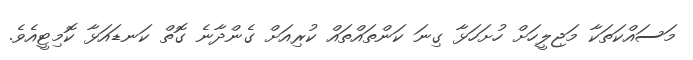
މަސައްކަތަކާ މަޖިލީހަށް ހުށަހަޅާ ގިނަ ކަންތައްތައް ކުރިއަށް ގެންދާނެ ގޮތް ކަނޑައަޅާ ކޮމިޓީއެވެ.